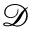
\mathcal { D }